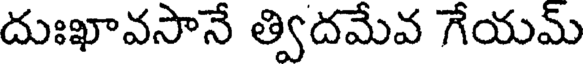
దుఃఖావసానే త్విదమేవ గేయమ్